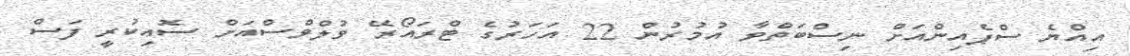
އިއްޔެ ސްޕެއިންއަށް ނިސްބަތްވާ އުމުރުން 22 އަހަރުގެ ޓްރައޯރޭ ވުލްވްސްއަށް ސޮއިކުރީ ފަސް